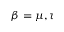
\beta = \mu , \tau